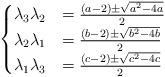
LaTeX: \begin{align*}\begin{cases}\lambda_3\lambda_2 &= \frac{(a-2) \pm \sqrt{a^2 - 4a}}{2}\\\lambda_2\lambda_1 &= \frac{(b-2) \pm \sqrt{b^2 - 4b}}{2}\\\lambda_1\lambda_3 &= \frac{(c-2) \pm \sqrt{c^2 - 4c}}{2}\end{cases}\end{align*}